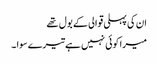
ان کی پہلی قوالی کے بول تھے
میرا کوئی نہیں ہے تیرے سوا ۔